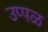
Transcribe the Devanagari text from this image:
उप्पळ